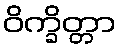
ဝိက္ခိတ္တာ